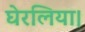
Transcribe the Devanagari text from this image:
घेरलिया।